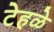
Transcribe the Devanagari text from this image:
टेहळे